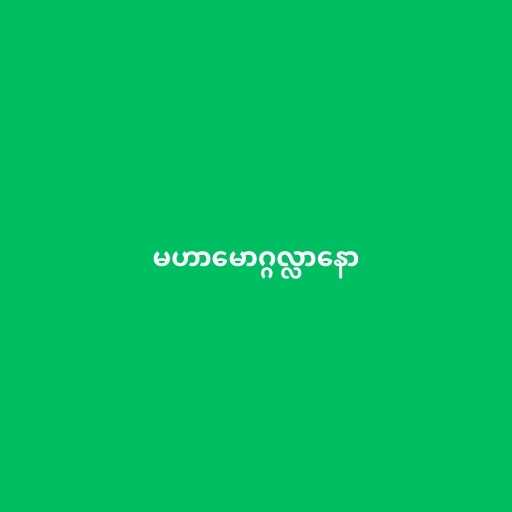
မဟာမောဂ္ဂလ္လာနော